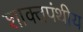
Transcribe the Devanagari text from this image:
शाक्तपंथीय